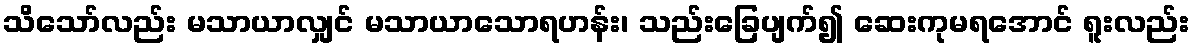
သိသော်လည်း မသာယာလျှင် မသာယာသောရဟန်း၊ သည်းခြေပျက်၍ ဆေးကုမရအောင် ရူးလည်း